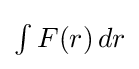
{\textstyle \int F(r)\,dr}